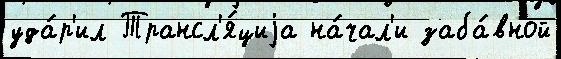
уда́р'ил Трансл'я́циjа на́чал'и заба́вной